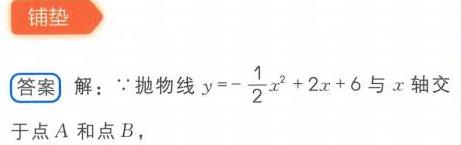
【铺垫】
【答案】解：\(\because\)抛物线\(y = -\frac{1}{2}x^{2}+2x + 6\)与\(x\)轴交于点\(A\)和点\(B\)，